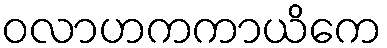
ဝလာဟကကာယိကေ